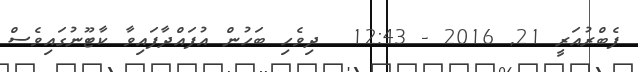
ފެބްރުއަރީ 21